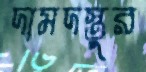
দামদস্তুর